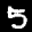
Label: 5